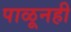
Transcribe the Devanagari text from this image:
पाळूनही